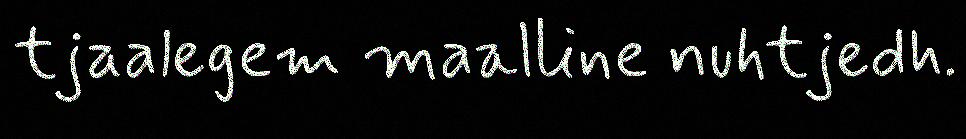
tjaalegem maalline nuhtjedh.